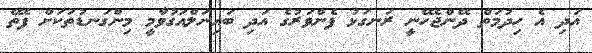
އަދި އެ ހިދުމަތް ދޭންޖެހޭނީ ރަނގަޅު ފެންވަރުގެ އަދި ބައިނަލްއަގުވާމީ މިންގަނޑުތަކަށް ފެތޭ